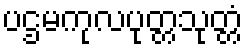
ပဌမကုလပုတ္တသုတ္တံ